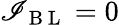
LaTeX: \mathscr{I}_{\mathrm{{~B~L~}}}=0